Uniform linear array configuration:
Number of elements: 32
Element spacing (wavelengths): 0.5
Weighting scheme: exponential
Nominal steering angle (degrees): -45
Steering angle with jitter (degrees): -44.233
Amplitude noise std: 0.05
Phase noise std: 0.05

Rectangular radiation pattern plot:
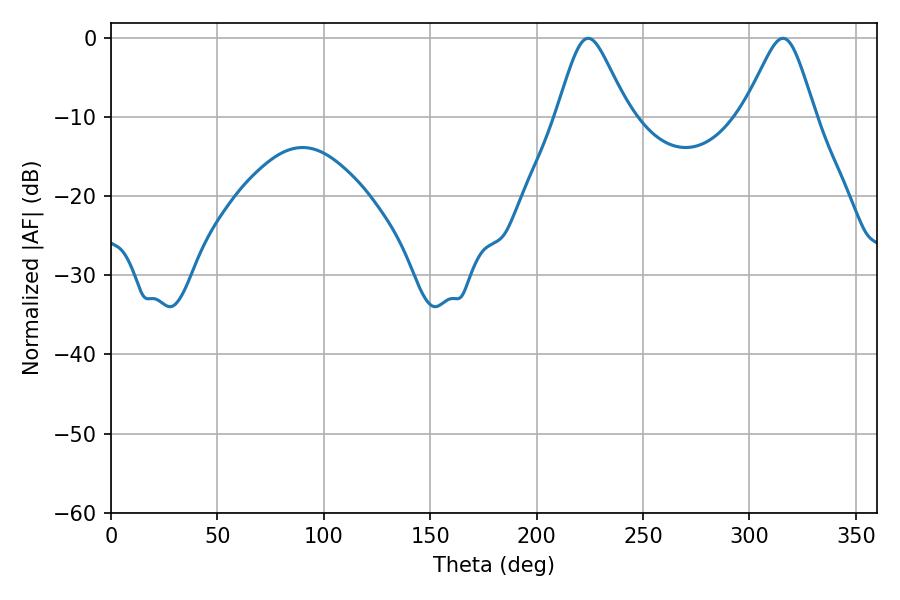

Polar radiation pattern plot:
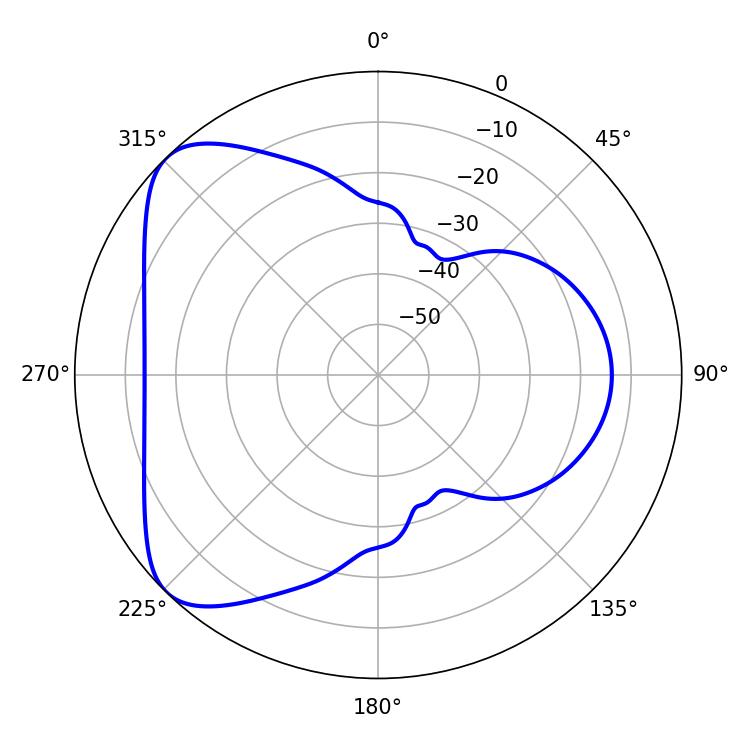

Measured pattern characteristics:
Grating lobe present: FALSE
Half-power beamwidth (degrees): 16.2
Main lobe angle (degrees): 224.28